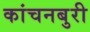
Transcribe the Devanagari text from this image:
कांचनबुरी